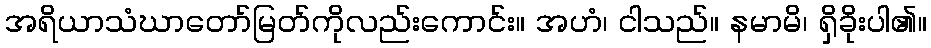
အရိယာသံဃာတော်မြတ်ကိုလည်းကောင်း။ အဟံ၊ ငါသည်။ နမာမိ၊ ရှိခိုးပါ၏။